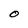
Character: O